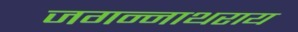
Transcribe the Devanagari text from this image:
जगन्नाथराय